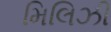
મિલિઝી